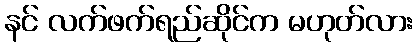
နင် လက်ဖက်ရည်ဆိုင်က မဟုတ်လား